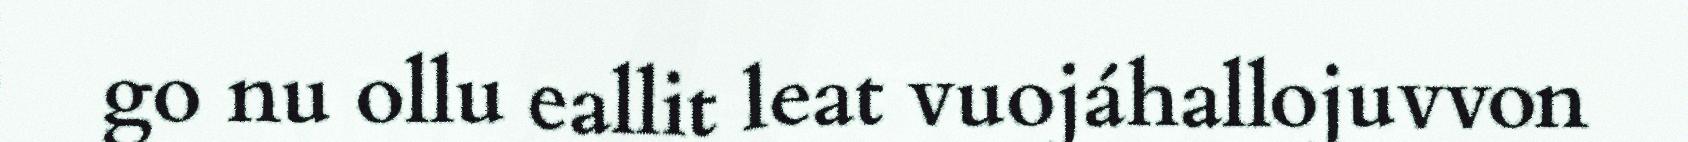
go nu ollu eallit leat vuojáhallojuvvon